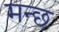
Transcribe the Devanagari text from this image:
मन्छ